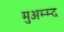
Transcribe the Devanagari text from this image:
मुअम्म्द